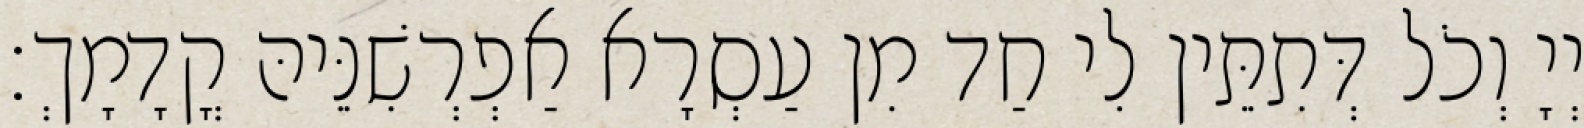
יְיָ וְכֹל דְּתִתֵּין לִי חַד מִן עַסְרָא אַפְרְשִׁנֵּיהּ קֳדָמָךְ׃